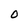
Character: O